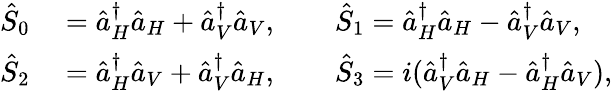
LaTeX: \begin{array}{rl}{\hat{S}_{0}}&{{}=\hat{a}_{H}^{\dagger}\hat{a}_{H}+\hat{a}_{V}^{\dagger}\hat{a}_{V},\qquad\hat{S}_{1}=\hat{a}_{H}^{\dagger}\hat{a}_{H}-\hat{a}_{V}^{\dagger}\hat{a}_{V},}\\ {\hat{S}_{2}}&{{}=\hat{a}_{H}^{\dagger}\hat{a}_{V}+\hat{a}_{V}^{\dagger}\hat{a}_{H},\qquad\hat{S}_{3}=i(\hat{a}_{V}^{\dagger}\hat{a}_{H}-\hat{a}_{H}^{\dagger}\hat{a}_{V}),}\end{array}